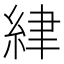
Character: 䋖